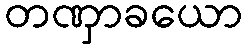
တဏှာခယော